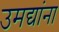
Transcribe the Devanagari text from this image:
उमद्यांना